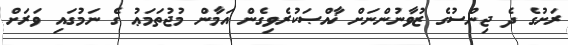
ރަށުގެ ދެ ޖިންސުގެ ޒުވާނުންނަށް ޚާއްޞަކުރެވިގެން އަމާން މުޖުތަމަޢު ގެ ނަމުގައި ވަރަށް